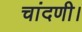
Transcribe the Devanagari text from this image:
चांदणी।